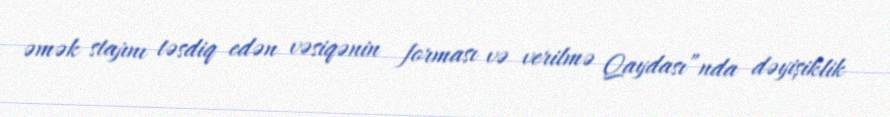
əmək stajını təsdiq edən vəsiqənin forması və verilmə Qaydası”nda dəyişiklik